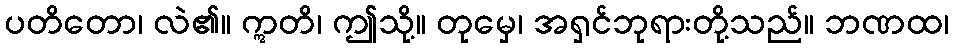
ပတိတော၊ လဲ၏။ ဣတိ၊ ဤသို့။ တုမှေ၊ အရှင်ဘုရားတို့သည်။ ဘဏထ၊